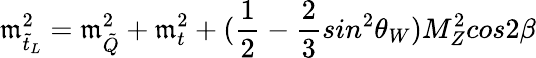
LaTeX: \mathfrak{m}_{\tilde{{t}}_{L}}^{2}=\mathfrak{m}_{\tilde{{Q}}}^{2}+\mathfrak{m}_{t}^{2}+(\frac{{1}}{{2}}-\frac{{2}}{{3}}sin^{2}\theta_{W})M_{Z}^{2}cos2\beta